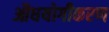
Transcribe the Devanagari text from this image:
औधयोगीकरण